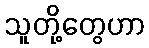
သူတို့တွေဟာ